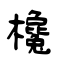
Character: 欃